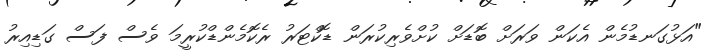
"އަޅުގަނޑުމެން އެކަން ވަރަށް ބޮޑަށް ކުށްވެރިކުރަން ޑޮކްޓަރު ރެކޮމެންޑްކުރީމަ ވެސް ފަސް ގަޑިއިރު